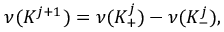
\nu ( { K ^ { j + 1 } } ) = \nu ( { K _ { + } ^ { j } } ) - \nu ( { K _ { - } ^ { j } } ) ,